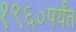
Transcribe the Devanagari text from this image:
१९६०पर्यंत